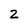
Character: 2